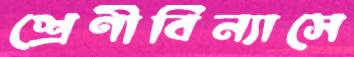
শ্রেণীবিন্যাসে